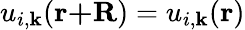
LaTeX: u_{i,\textbf{k}}(\textbf{r+R})=u_{i,\textbf{k}}(\textbf{r})